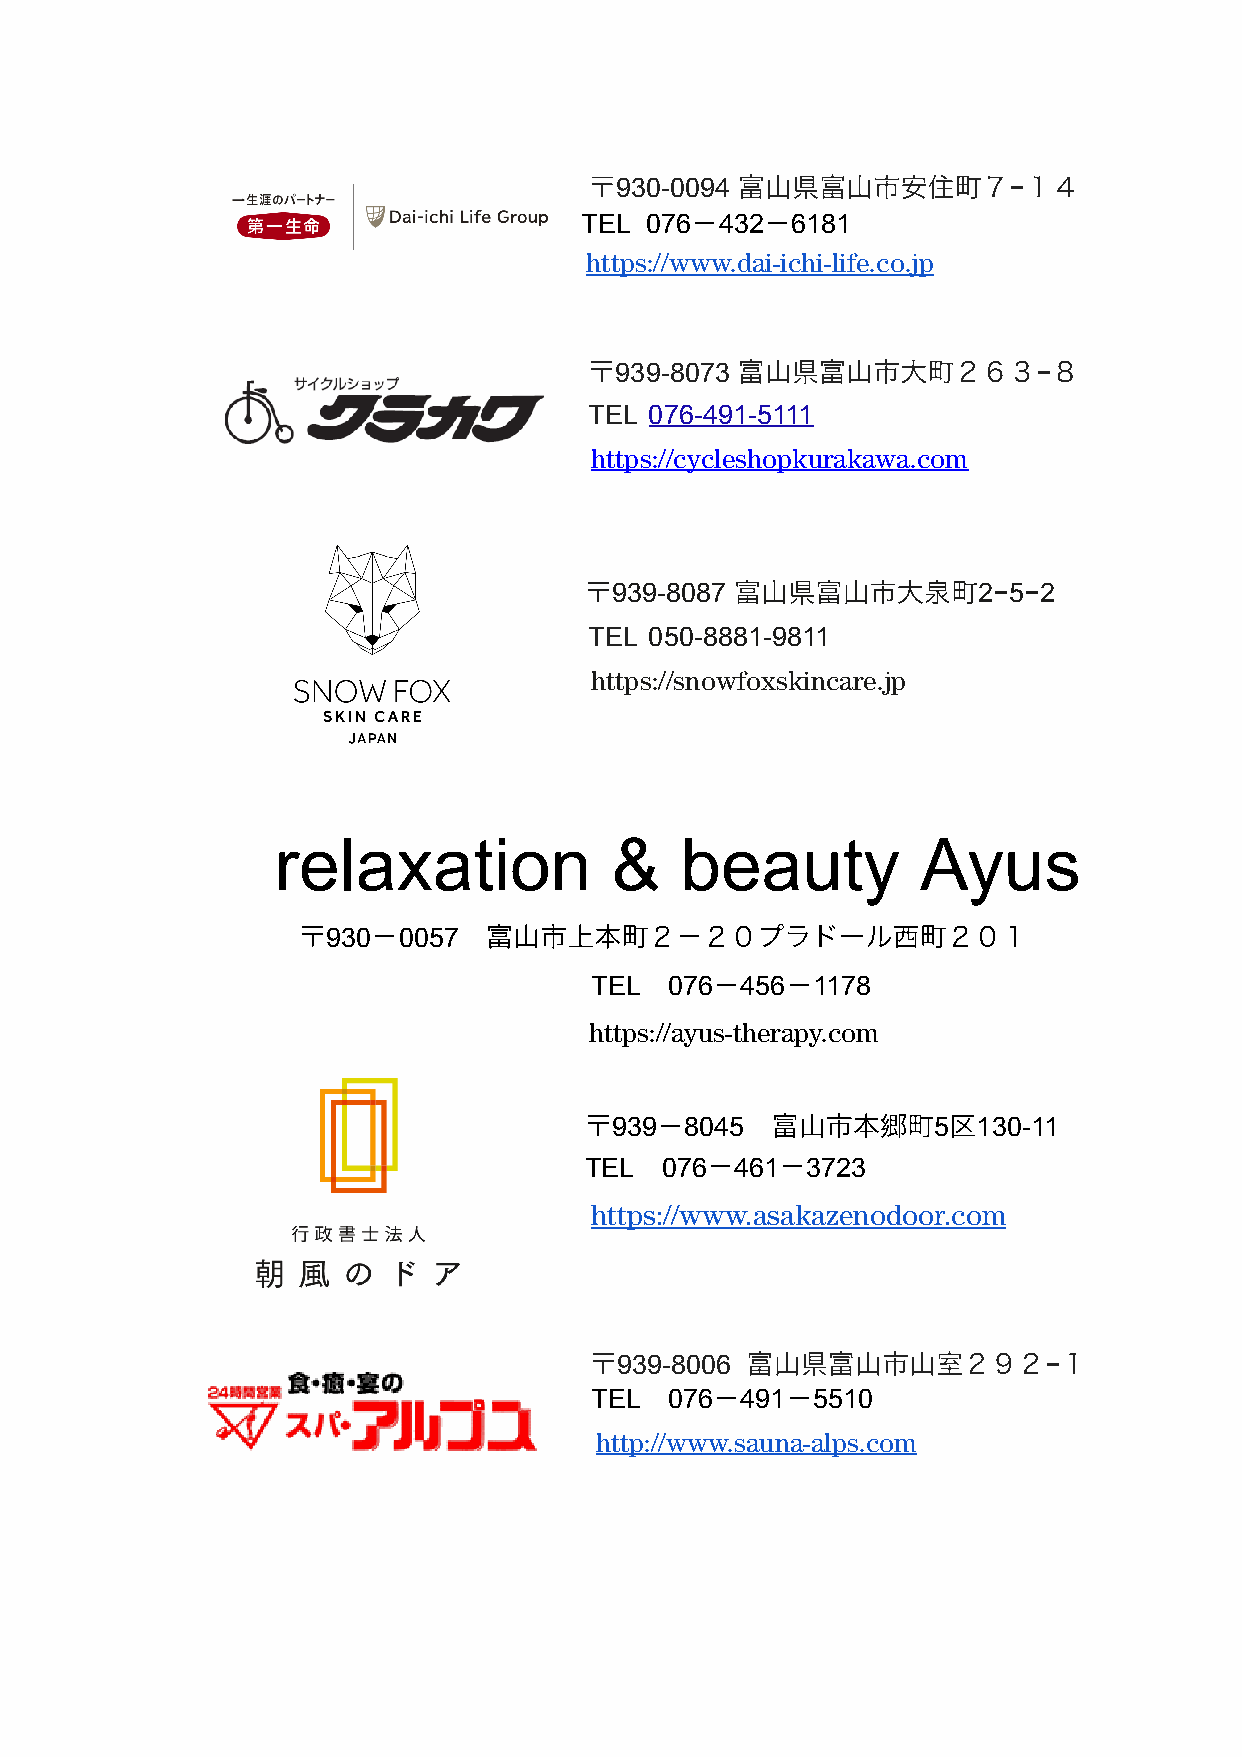
930-0094                  −
 T EL  TEL  076  432 6181
 https://www.dai-ichi-life.co.jp
 939-8073                    −
 T EL 0 76-491-5111
 https://cycleshopkurakawa.com
 939-8087                 2−5−2
 T EL 0 50-8881-9811
 https://snowfoxskincare.jp
 relaxation            &    beauty          Ayus
 930 0057
 TEL  076  456  1178
 https://ayus-therapy.com
 939  8045             5  130-11
 TEL  076  461 3723
 h ttps://www.asakazenodoor.com
 939-8006                    −
 T EL 076  491  5510
 http://www.sauna-alps.com